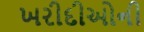
ખરીદીઓની